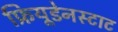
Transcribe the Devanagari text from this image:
फ्रियूडेनस्टाट